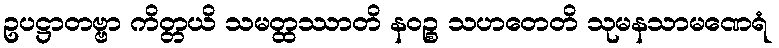
ဥပဋ္ဌာတဗ္ဗာ ကိတ္တယိ သမတ္ထဿာတိ နဝဉ္စ သဟတေတိ သုမနသာမဏေရံ